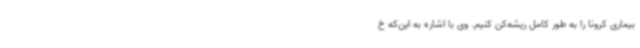
بیماری کرونا را به طور کامل ریشه‌کن کنیم. وی با اشاره به این‌که خ